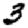
Digit: 3